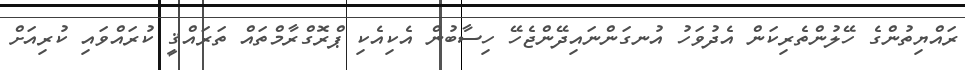
ރައްޔިތުންގެ ހޭލުންތެރިކަން އެދުވަހު އުނގަންނައިދޭންޖެހޭ ހިސާބުން އެކިއެކި ޕްރޮގްރާމްތައް ތަރައްޤީ ކުރައްވައި ކުރިއަށް